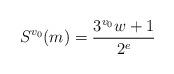
LaTeX: \begin{align*}S^{v_0}(m) = \frac{3^{v_0} w +1}{2^e}\end{align*}